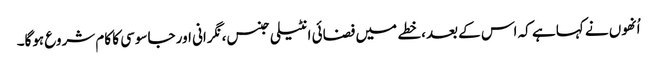
اُنھوں نے کہا ہے کہ اس کے بعد، خطے میں فضائی انٹیلی جنس، نگرانی اور جاسوسی کا کام شروع ہوگا۔